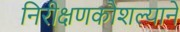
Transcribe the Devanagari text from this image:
निरीक्षणकौशल्याने